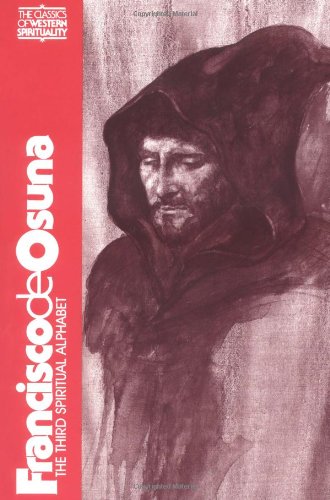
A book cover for Francisco De Osuna: Third Spiritual Alphabet (Classics of Western Spirituality); Francisco De Osuna; Christian Books & Bibles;